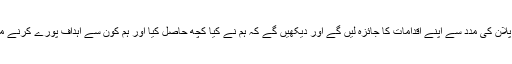
ہم ایک ایکشن پلان کی مدد سے اپنے اقدامات کا جائزہ لیں گے اور دیکھیں گے کہ ہم نے کیا کچھ حاصل کیا اور ہم کون سے اہداف پورے کرنے میں ناکام رہے۔